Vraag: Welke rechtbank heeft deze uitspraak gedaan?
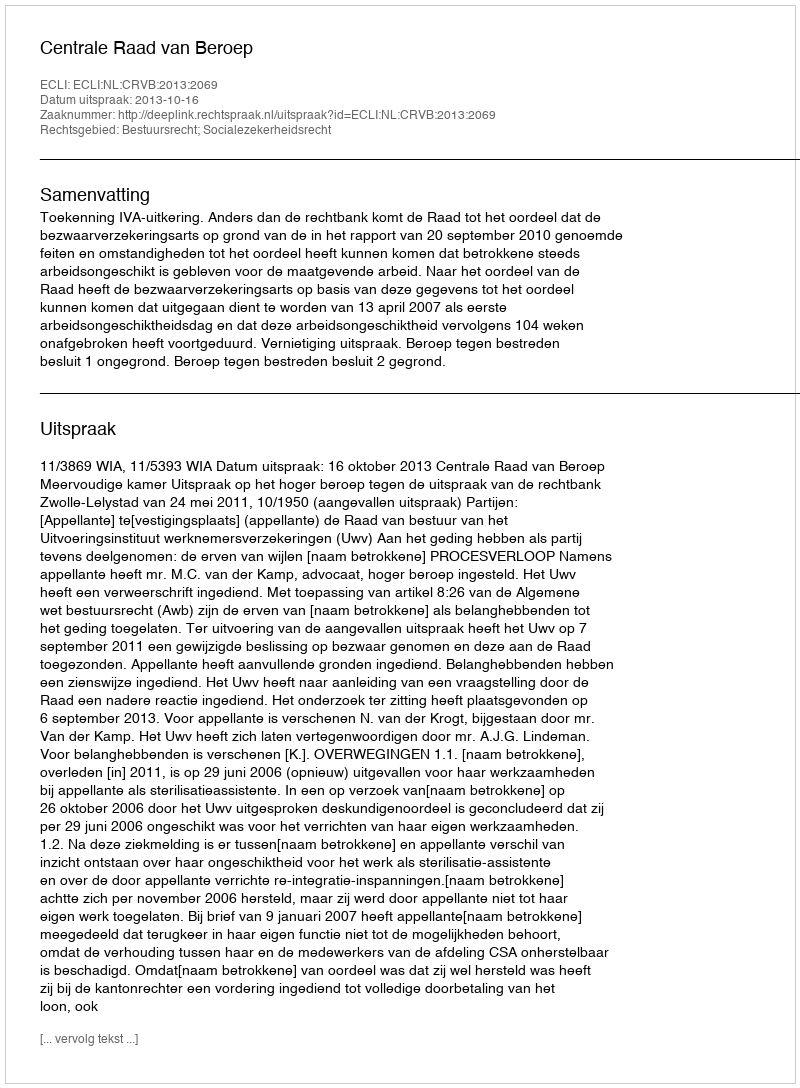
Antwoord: Centrale Raad van Beroep